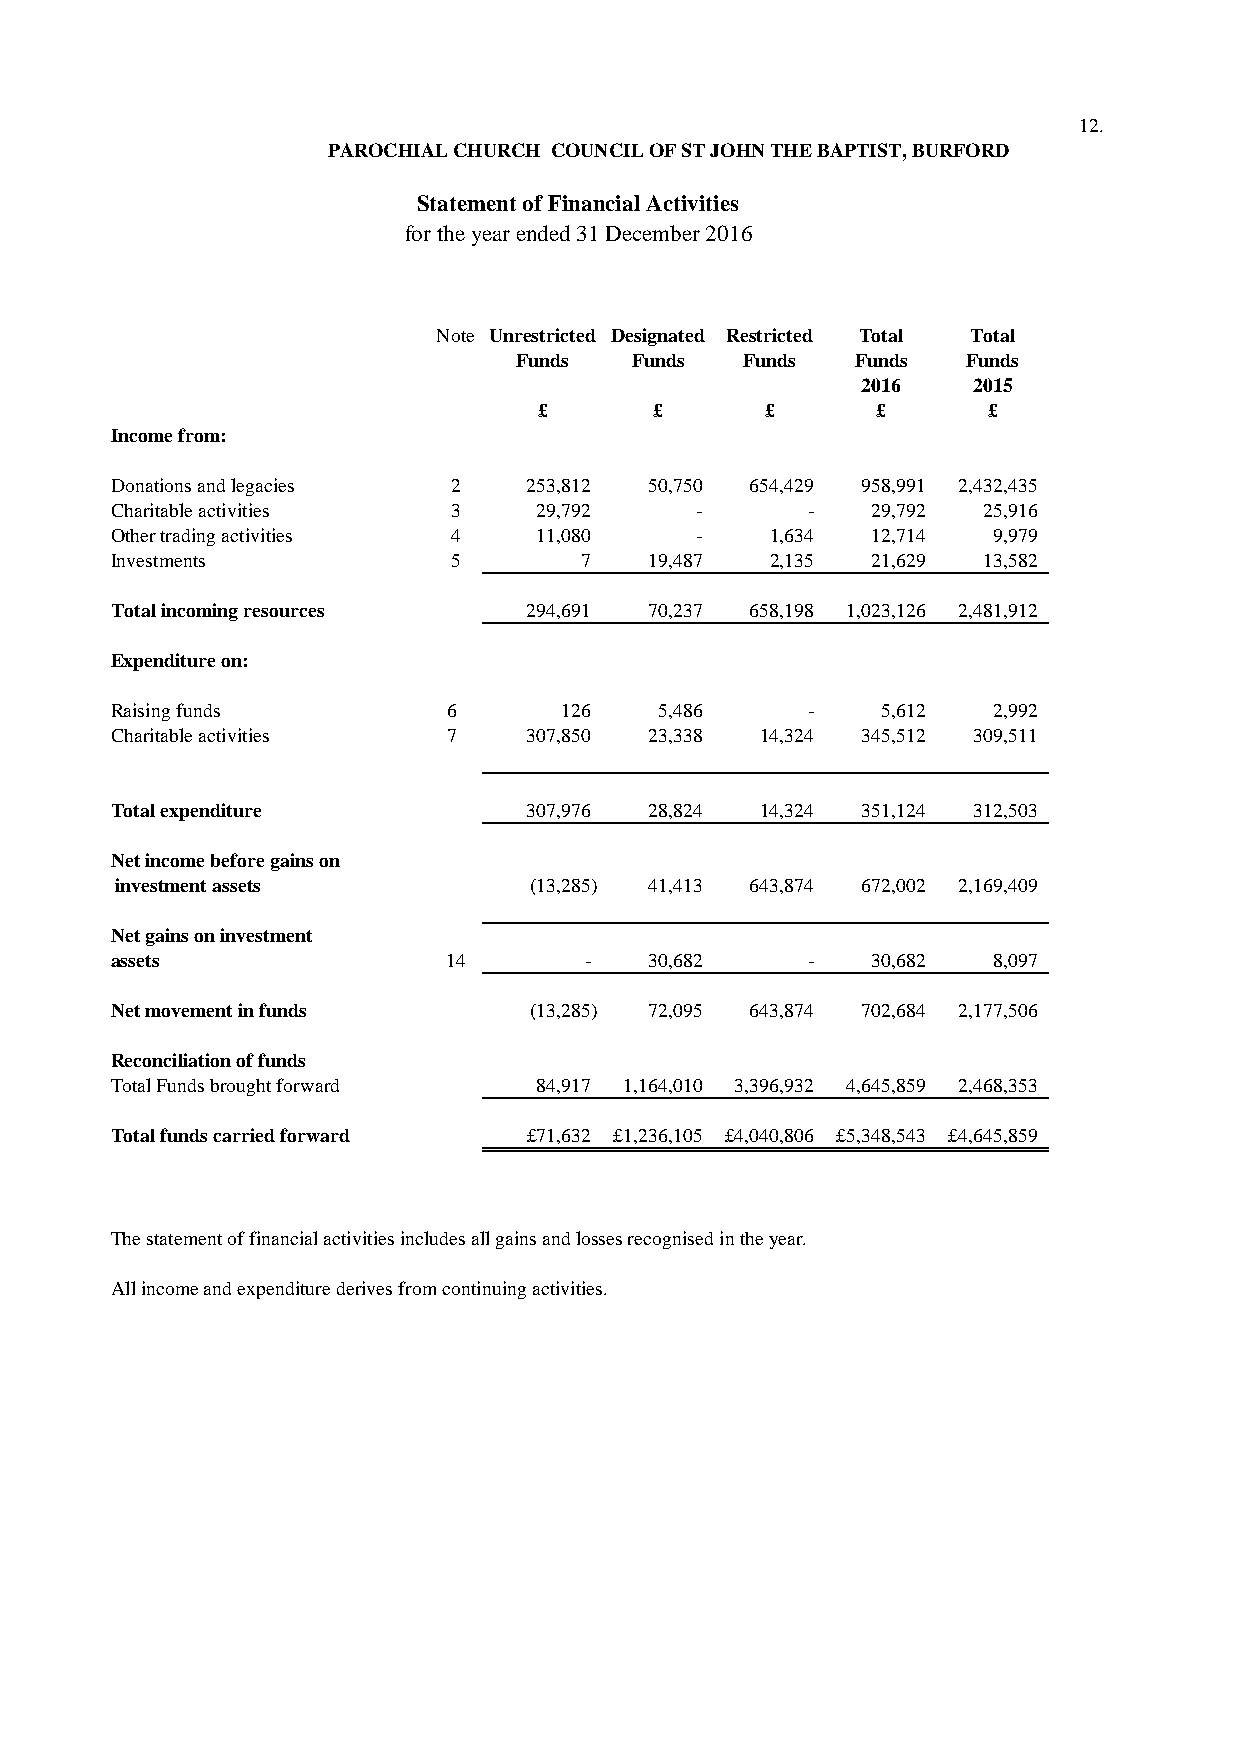
12.
 PAROCHIAL CHURCH COUNCIL OF ST JOHN THE BAPTIST, BURFORD
 Statement of Financial Activities
 for the year ended 31 December 2016
 Note Unrestricted Designated Restricted Total Total
 Funds   Funds  Funds   Funds  Funds
 2016   2015
 £      £       £      £      £
 Income from:
 Donations and legacies 2    253,812 50,750 654,429 958,991 2,432,435
 Charitable activities  3    29,792     -      -    29,792 25,916
 Other trading activities 4  11,080     -    1,634  12,714  9,979
 Investments            5       7    19,487  2,135  21,629 13,582
 Total incoming resources    294,691 70,237 658,198 1,023,126 2,481,912
 Expenditure on:
 Raising funds          6      126    5,486    -    5,612   2,992
 Charitable activities  7    307,850 23,338 14,324 345,512 309,511
 Total expenditure           307,976 28,824 14,324 351,124 312,503
 Net income before gains on
 investment assets          (13,285) 41,413 643,874 672,002 2,169,409
 Net gains on investment
 assets                14        -   30,682    -    30,682  8,097
 Net movement in funds       (13,285) 72,095 643,874 702,684 2,177,506
 Reconciliation of funds
 Total Funds brought forward 84,917 1,164,010 3,396,932 4,645,859 2,468,353
 Total funds carried forward £71,632 £1,236,105 £4,040,806 £5,348,543 £4,645,859
 The statement of financial activities includes all gains and losses recognised in the year.
 All income and expenditure derives from continuing activities.